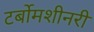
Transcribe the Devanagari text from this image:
टर्बोमशीनरी